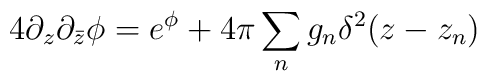
4 \partial_z \partial_{\bar z}\phi = e^{\phi} +4\pi\sum_n g_n\delta^2(z-z_n)